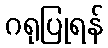
ဂရုပြုရန်